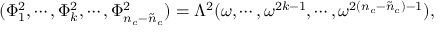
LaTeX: ( \Phi _ { 1 } ^ { 2 } , \cdots , \Phi _ { k } ^ { 2 } , \cdots , \Phi _ { n _ { c } - \tilde { n } _ { c } } ^ { 2 } ) = \Lambda ^ { 2 } ( \omega , \cdots , \omega ^ { 2 k - 1 } , \cdots , \omega ^ { 2 ( n _ { c } - \tilde { n } _ { c } ) - 1 } ) ,